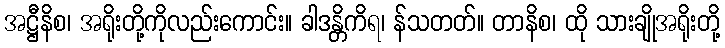
အဋ္ဌီနိစ၊ အရိုးတို့ကိုလည်းကောင်း။ ခါဒန္တိကိရ၊ န်သတတ်။ တာနိစ၊ ထို သားချိုအရိုးတို့